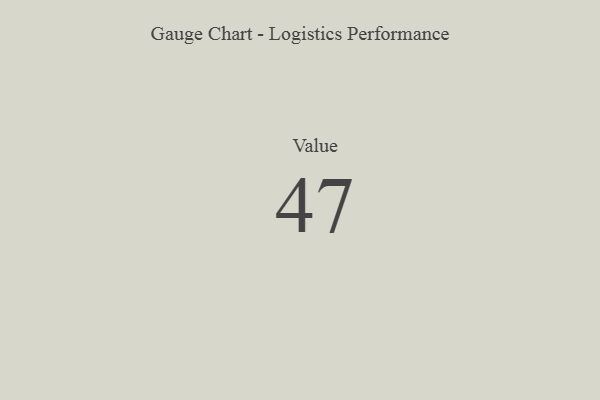
{"axis": {"x": "Metric", "y": "Value"}, "legend": [""], "data": [{"x": "Value", "y": 47, "type": ""}]}